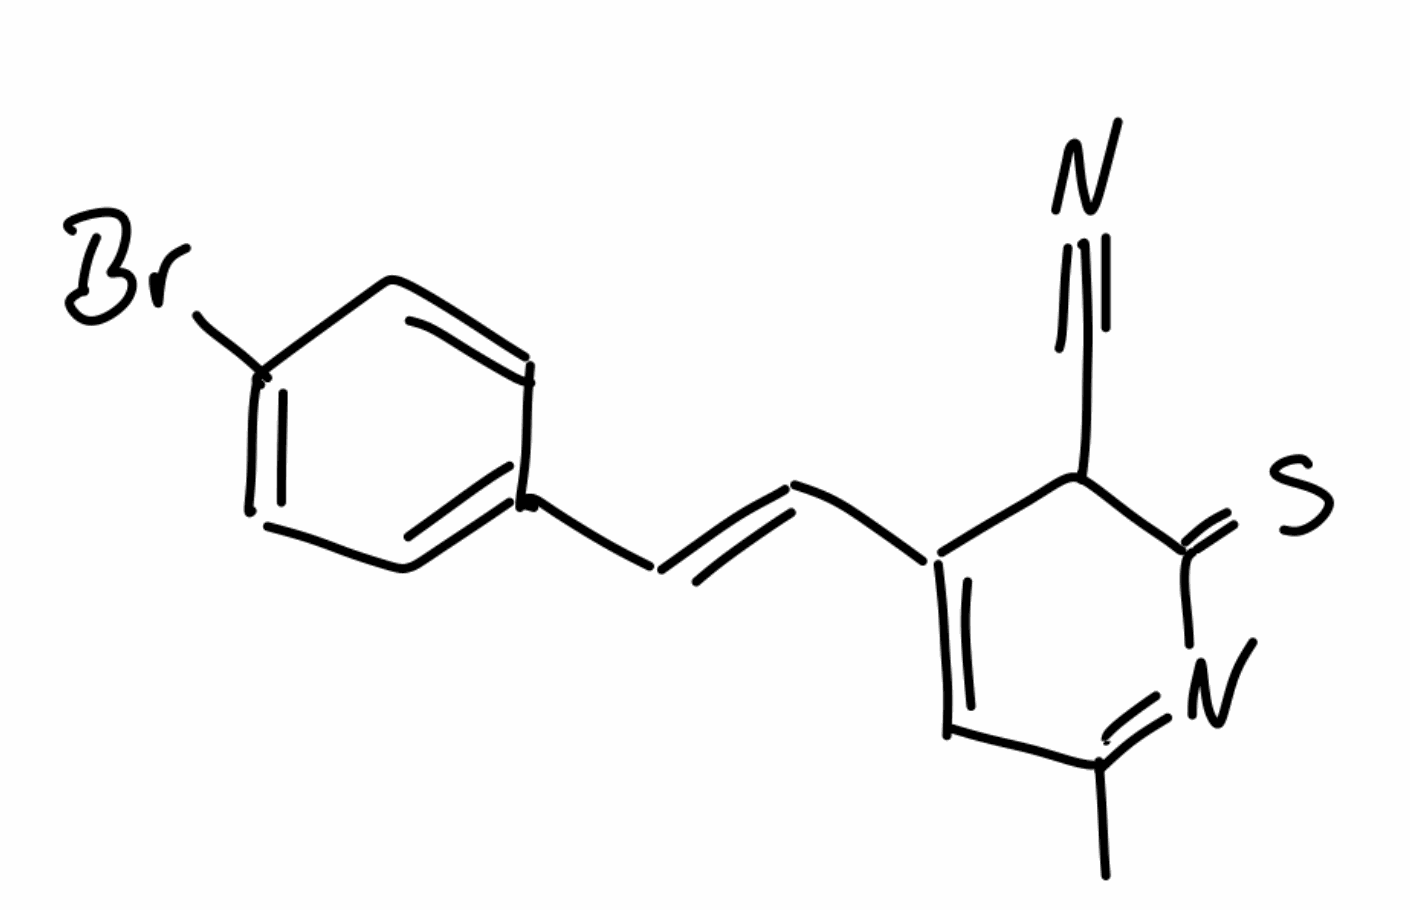
Simplified molecular-input line-entry system (SMILES) notation of the given molecule:
CC1=NC(=S)C(C(=C1)/C=C/C2=CC=C(C=C2)Br)C#N